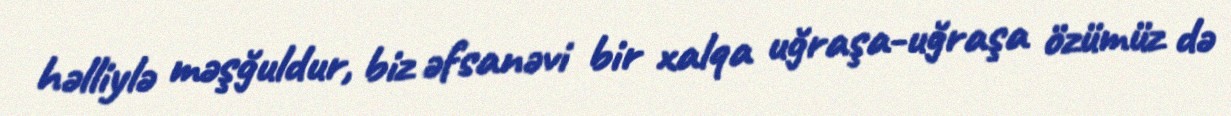
həlliylə məşğuldur, biz əfsanəvi bir xalqa uğraşa-uğraşa özümüz də